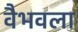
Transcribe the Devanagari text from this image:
वैभवला